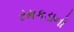
રમકડાનો